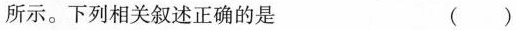
所示。下列相关叙述正确的是 （）